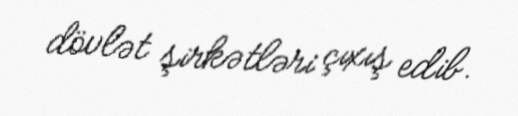
dövlət şirkətləri çıxış edib.